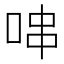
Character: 𠳡